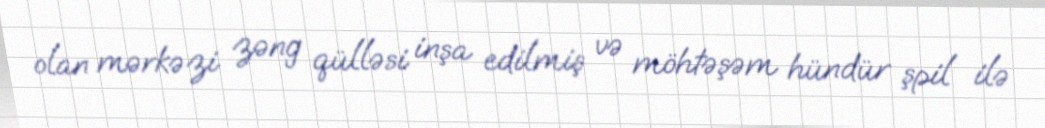
olan mərkəzi zəng qülləsi inşa edilmiş və möhtəşəm hündür şpil ilə